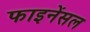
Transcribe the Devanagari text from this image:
फाइनेंसल